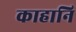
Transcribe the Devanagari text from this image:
काहानि